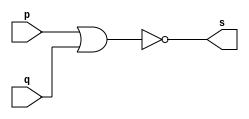
// -------------------------
// Exemplo0007 - NOR
// Nome: Davidson Francis
// -------------------------

// -------------------------
// -- NOR gate
// -------------------------
module norgate (output s, 
                input p, input q);

  assign s = ~(p | q); // criar vinculo permanente (dependencia)
endmodule // nor gate

// -------------------------
// -- test nor gate
// -------------------------

module testnorgate;

// ------------------------- dados locais
reg a,b; // definir registrador
wire s; // definir conexao (fio)

// ------------------------- instancia
norgate NOR1 (s, a,b);
// ------------------------- preparacao

initial begin:start
  a=0;b=0;
end


// ------------------------- parte principal
initial begin:main
               // execucao unitaria
  $display("Exemplo 0007 - DavidsonFrancis - 466499");
  $display("Test NOR gate:");
  $display("\n~(a | b) = s\n");
  $monitor("~(%b | %b) = %b", a,b, s);
 
  #1 a = 0; b = 0;
  #1 a = 0; b = 1;
  #1 a = 1; b = 0;
  #1 a = 1; b = 1;
  end
endmodule // testnorgate